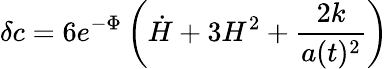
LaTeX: \delta c=6e^{-\Phi}\left({\dot{H}}+3H^{2}+\frac{2k}{a(t)^{2}}\right)